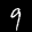
Label: 9